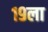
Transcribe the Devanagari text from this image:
१९ला